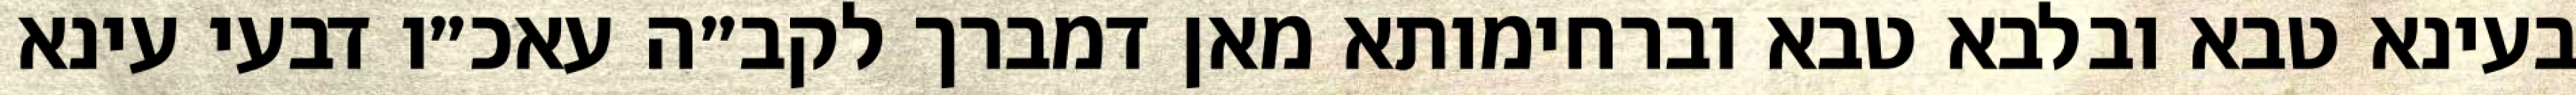
בעינא טבא ובלבא טבא וברחימותא מאן דמברך לקב״ה עאכ״ו דבעי עינא